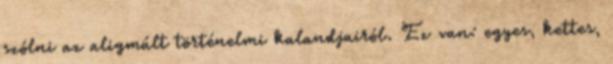
szólni az aligmúlt történelmi kalandjairól. Ez van: egyes, kettes,